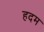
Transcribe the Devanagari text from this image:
हदम